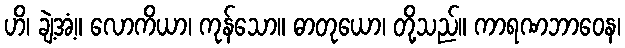
ဟိ၊ ချဲ့အံ့။ လောကိယာ၊ ကုန်သော။ ဓာတုယော၊ တို့သည်။ ကာရဏဘာဝေန၊